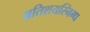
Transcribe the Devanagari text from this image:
अतिशयस्निग्ध